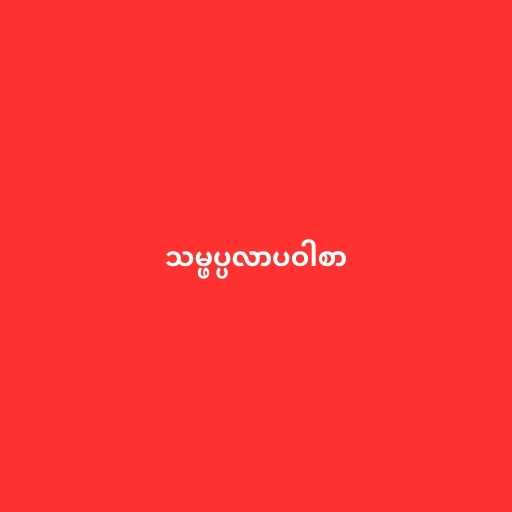
သမ္ဖပ္ပလာပဝါစာ